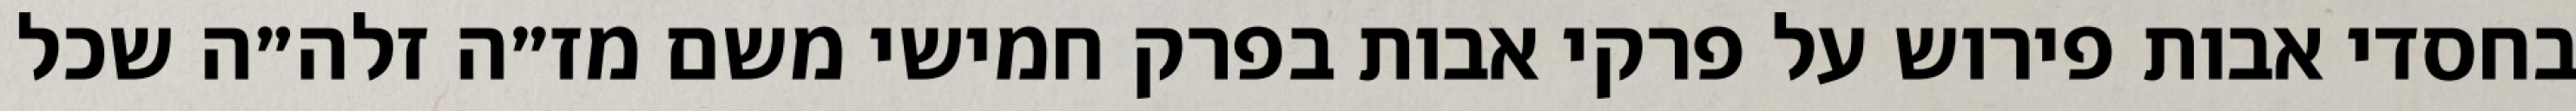
בחסדי אבות פירוש על פרקי אבות בפרק חמישי משם מז״ה זלה״ה שכל